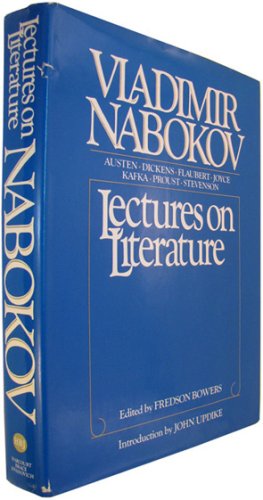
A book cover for Lectures on Literature; Vladimir Vladimirovich Nabokov; Literature & Fiction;